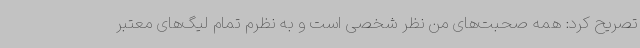
تصریح کرد: همه صحبت‌های من نظر شخصی است و به نظرم تمام لیگ‌های معتبر